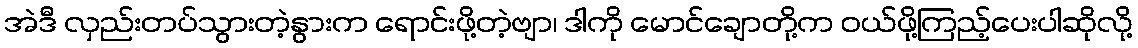
အဲဒီ လှည်းတပ်သွားတဲ့နွားက ရောင်းဖို့တဲ့ဗျာ၊ ဒါကို မောင်ချောတို့က ဝယ်ဖို့ကြည့်ပေးပါဆိုလို့